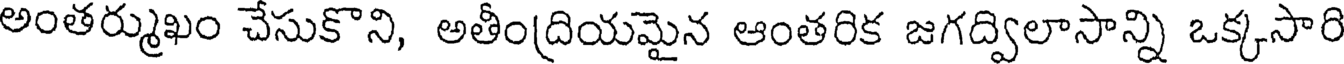
అంతర్ముఖం చేసుకొని, అతీంద్రియమైన ఆంతరిక జగద్విలాసాన్ని ఒక్కసారి